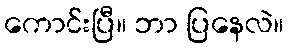
ကောင်းပြီ။ ဘာ ပြနေလဲ။